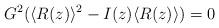
LaTeX: \begin{align*}G^2(\langle R(z) \rangle^2 - I(z)\langle R(z) \rangle )=0\end{align*}